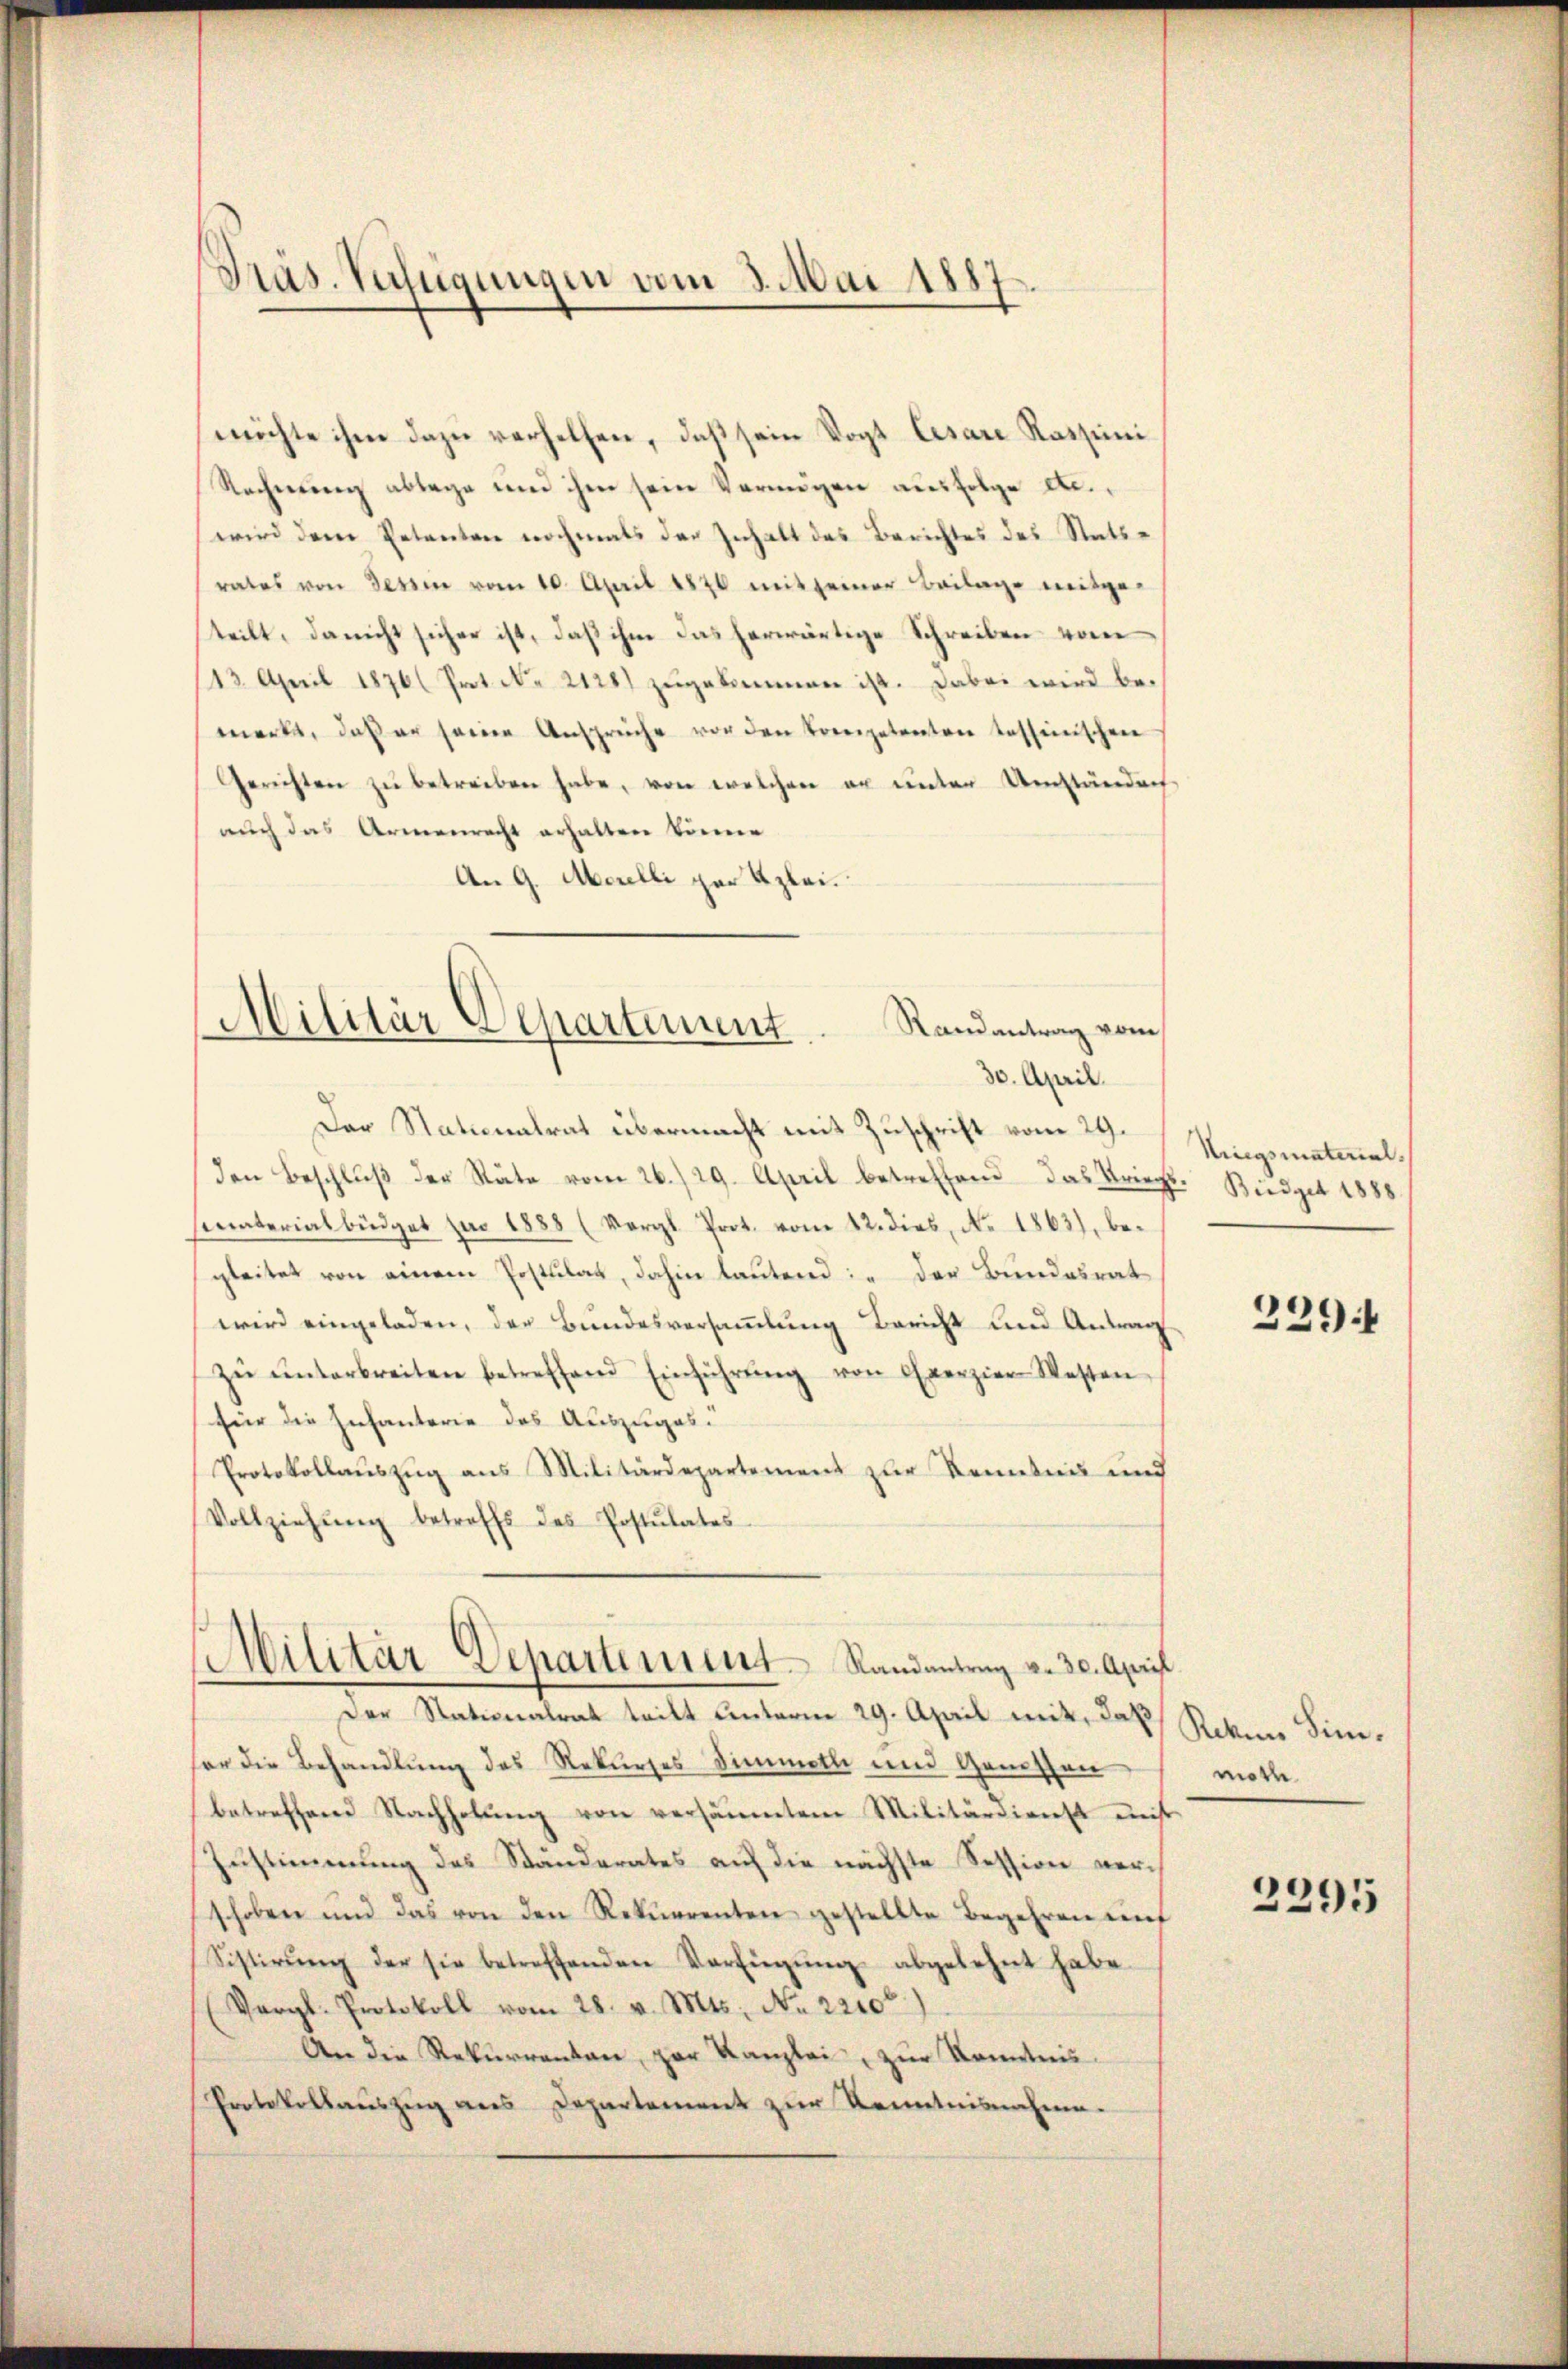
Präs. Verfügungen vom 3. Mai 1887.

möchte ihm dazu verhelfen, daß sein Vogt Cesare Rassimi
Rechnŭng ablage und ihre sein Vermögen ausfolge etc.,
wird dem Petenten nochmals der Inhalt des Berichtes des Statsrates von Tessin vom 10. April 1870 mit seiner Beilage mitge-
teilt, da nicht sicher ist, daß ihm das herwärtige Schreiben vom
13. April 1876 ( Prot. Nr. 2128) zŭgekommen ist. Dabei wird bemerkt, daß er seine Ansprüche vor den Kompetenten tessinischen
Gerichten zŭ betreiben habe, von welchen er unter Umständen
auch das Armenrecht erhalten könne
An 9. Morelli par Azlei.
Der Stationalrat übermacht mit Zuschrift vom 29.
den Beschlŭβ der Räte vom 26./29. April betreffend das Kriegt. Büdget 1888.
smaterialbüdget zur 1888 (Vergl. Prot. vom 12. dies, No. 1863), begleitet von einem Postulat, dahin lautend: „Der Bundesrat
wird eingeladen, der Bundesversammlung Bericht und Antrag
zŭ ŭnterbreiten betreffend Einführŭng von Exerzier Westen
für die Infanterie des Auszuges.
Protokollauszug aus Militärdepartement zur Kenntnis und
Vollziehŭng betreffs des Erstŭtates
Militär Departement Randantrag v. 30. April.
Der Nationalrat teilt unterm 29. April mit, daß
er die Behandlung des Rekurses Dimmell und Genossen
betreffene Nachholung von versäumtem Militärdienst minist
Zustimmung des Standerates auf die nächste Session verschoben und das von den Rekurrenten gestellte Begehren unf
Sistirŭng der sie betreffenden Verfügŭng abgelehnt habe.
(Vergl. Protokoll vom 28. v. Mts. No 22100)
An die Rekurrenten zur Kanzlei, zur Kenntnis.
Protokollaŭszŭg ans Departement zŭr Kenntnisnahme.

Militär Departement
Randantrag vom
30. April.

Kriegsmaterial.

229

Riken Sin.
moth

2295